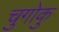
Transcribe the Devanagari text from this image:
चुगोकु